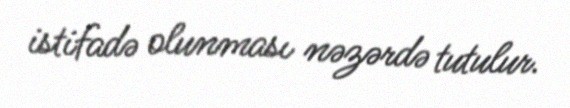
istifadə olunması nəzərdə tutulur.